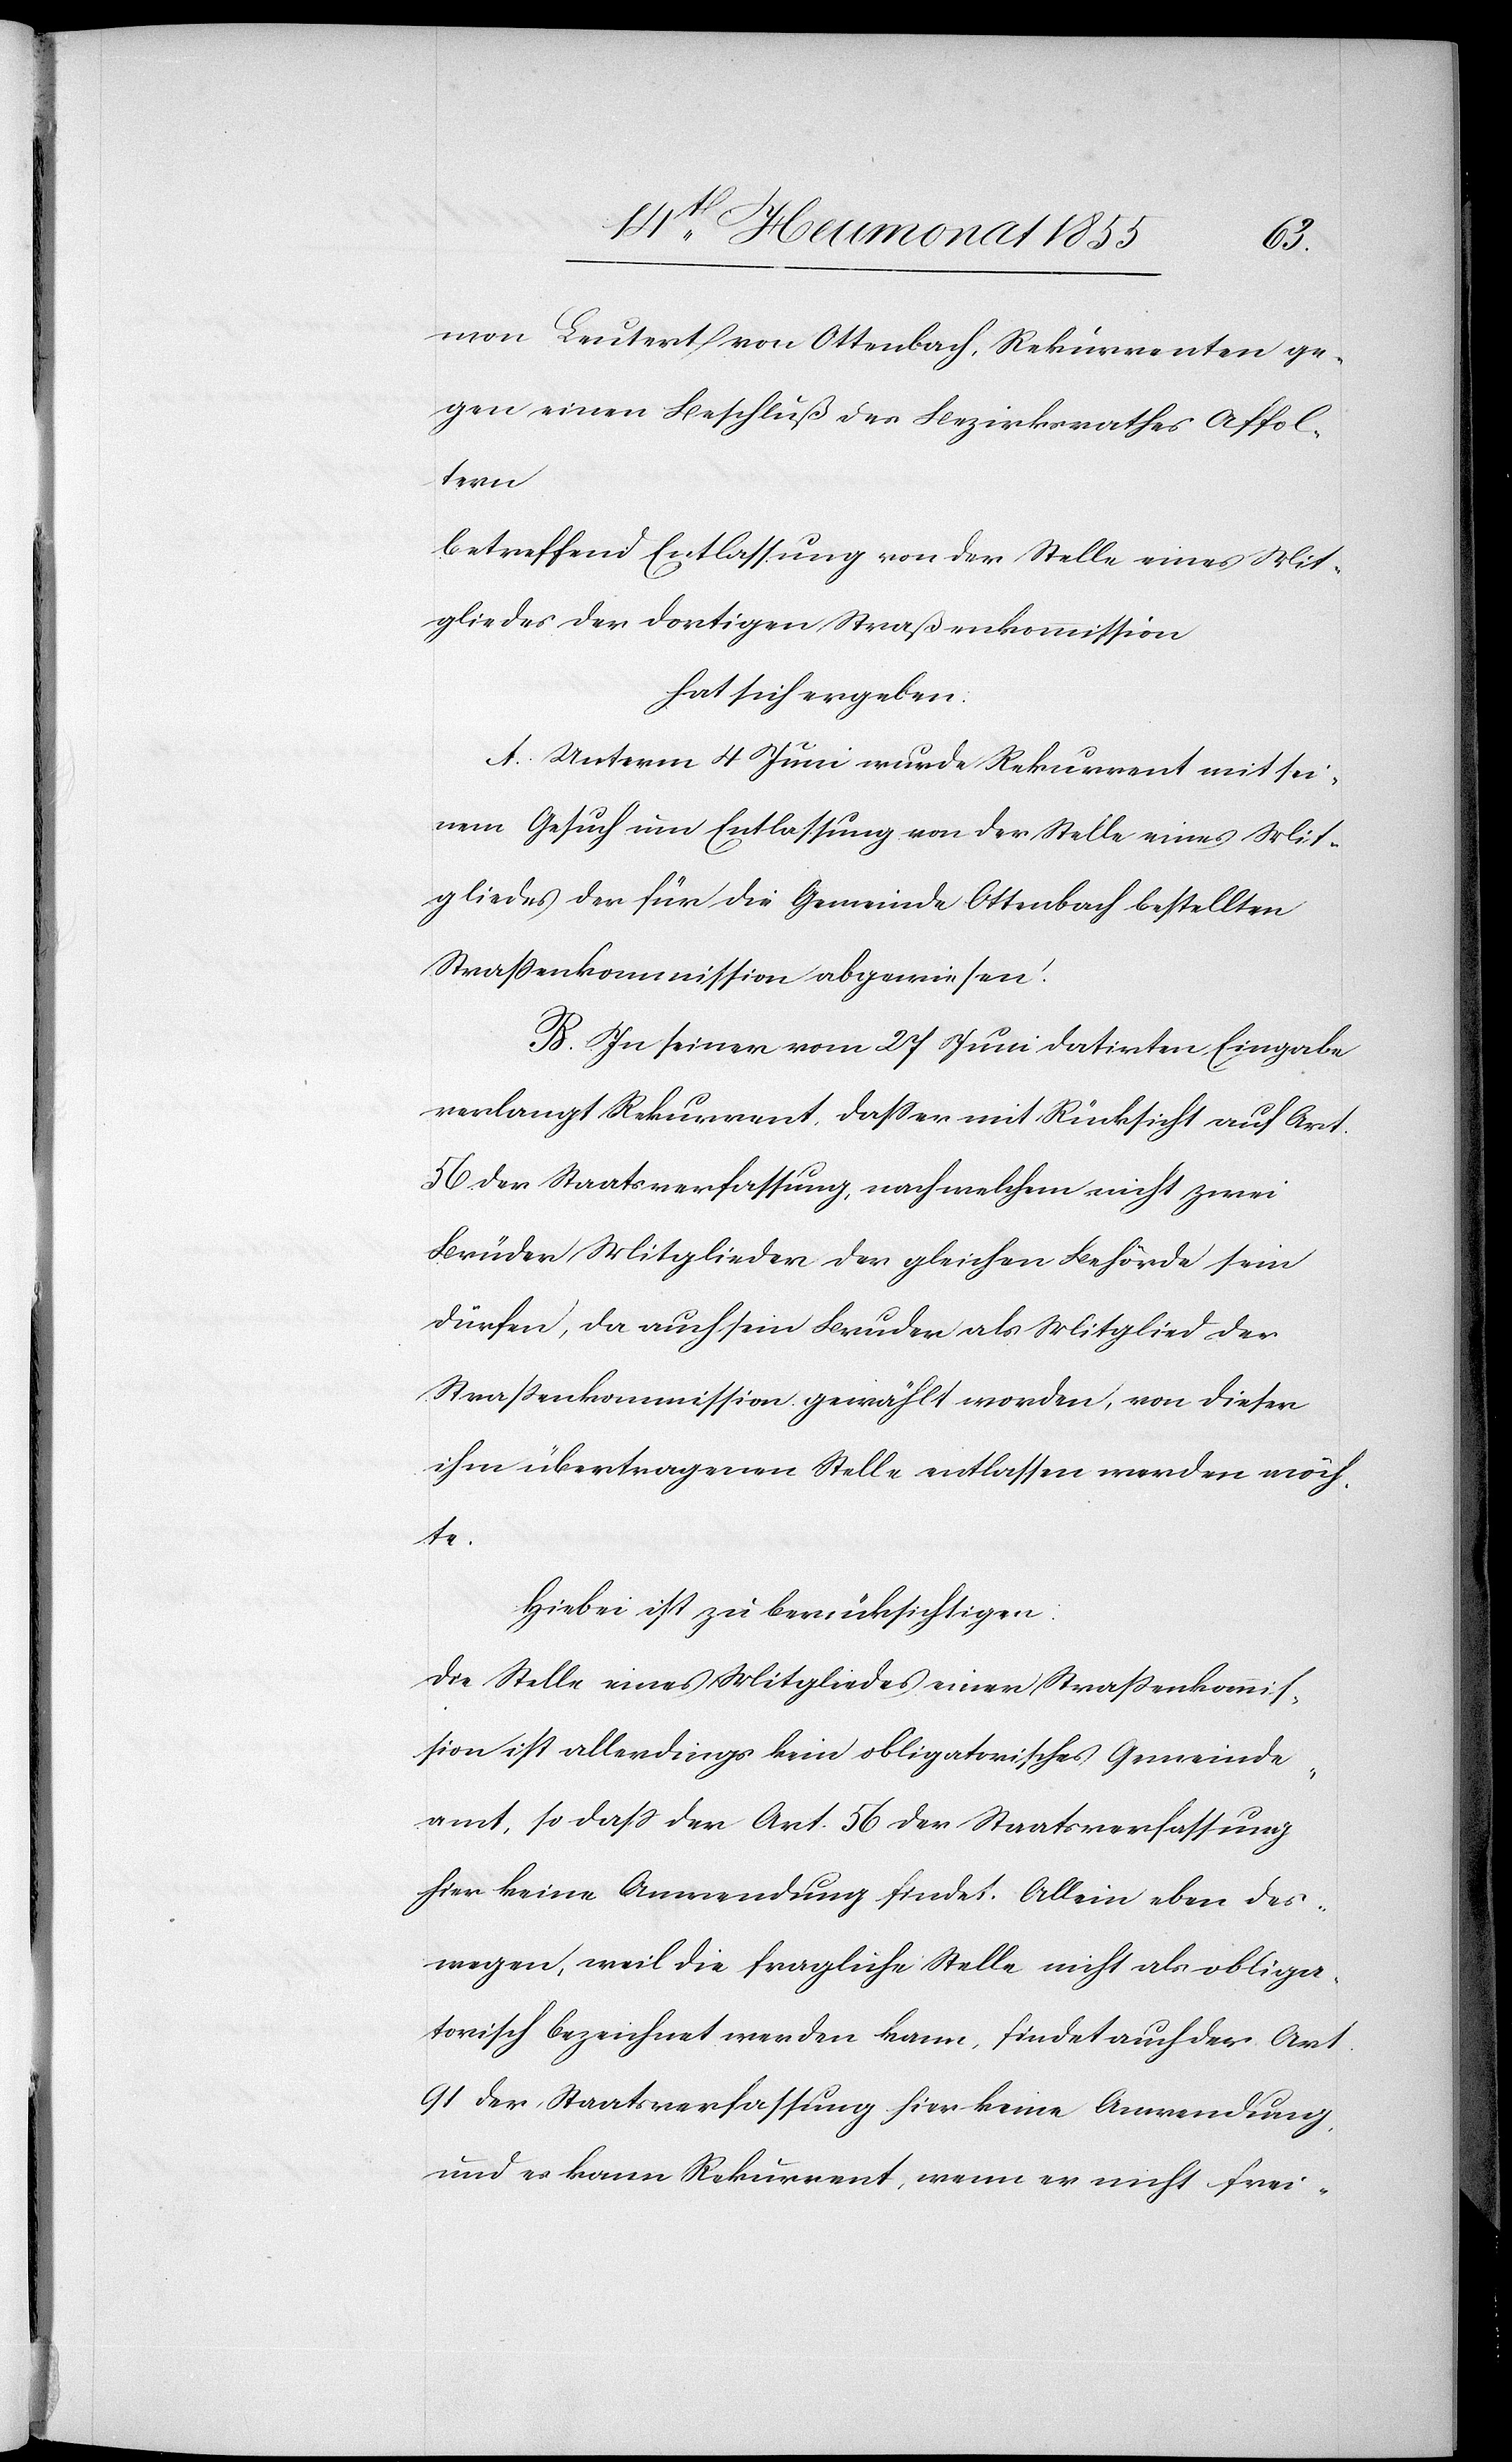
mon Leutert von Ottenbach, Rekurrenten ge¬
gen einen Beschluß des Bezirksrathes Affol¬
tern
betreffend Entlassung von der Stelle eines Mit¬
gliedes der dortigen Straßenkommission
hat sich ergeben:
A. Unterm 4 Juni wurde Rekurrent mit sei¬
nem Gesuch um Entlassung von der Stelle eines Mit¬
gliedes der für die Gemeinde Ottenbach bestellten
Strassenkommission abgewiesen.
B. In seiner vom 27 Juni datirten Eingabe
verlangt Rekurrent, dass er mit Rücksicht auf Art.
56 der Staatsverfassung, nach welchem nicht zwei
Brüder Mitglieder der gleichen Behörde sein
dürfen, da auch sein Bruder als Mitglied der
Strassenkommission gewählt worden, von dieser
ihm übertragenen Stelle entlassen werden möch¬
te.
Hiebei ist zu berücksichtigen:
Die Stelle eines Mitgliedes einer Strassenkommis¬
sion ist allerdings kein obligatorisches Gemeinde¬
amt, so dass der Art. 56 der Staatsverfassung
hier keine Anwendung findet. Allein eben des¬
wegen, weil die fragliche Stelle nicht als obliga¬
torisch bezeichnet werden kann, findet auch der Art.
91 der Staatsverfassung hier keine Anwendung,
und es kann Rekurrent, wenn er nicht frei-